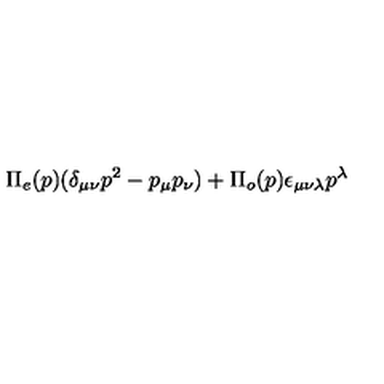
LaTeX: \Pi _ { e } ( p ) ( \delta _ { \mu \nu } p ^ { 2 } - p _ { \mu } p _ { \nu } ) + \Pi _ { o } ( p ) \epsilon _ { \mu \nu \lambda } p ^ { \lambda }